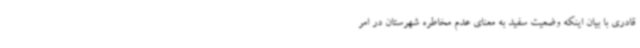
قادری با بیان اینکه وضعیت سفید به معنای عدم مخاطره شهرستان در امر